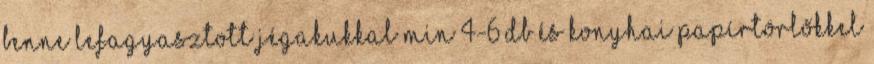
benne lefagyasztott jégakukkal min 4-6 db és konyhai papírtörlőkkel